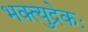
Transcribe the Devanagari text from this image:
भक्त्युद्रेकः